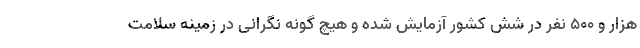
هزار و ۵۰۰ نفر در شش کشور آزمایش شده و هیچ گونه نگرانی در زمینه سلامت